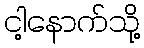
ငါ့နောက်သို့